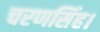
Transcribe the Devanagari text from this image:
चरणसिंह।